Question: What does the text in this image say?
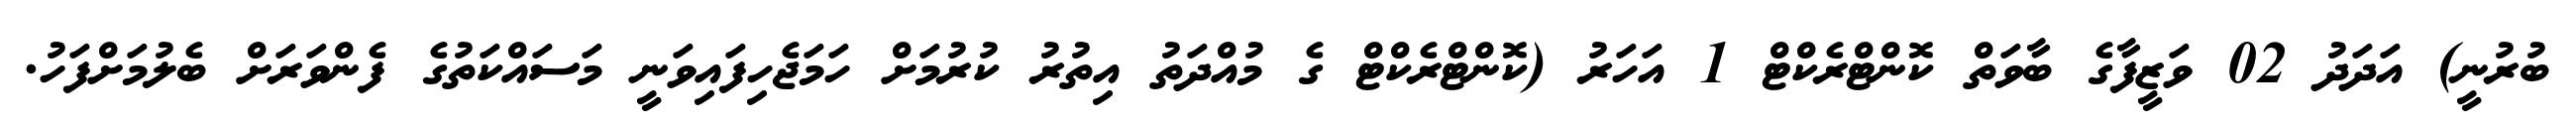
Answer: ބުރުނީ) އަދަދު 02 ވަޒީފާގެ ބާވަތް ކޮންޓްރެކްޓް 1 އަހަރު (ކޮންޓްރެކްޓް ގެ މުއްދަތު އިތުރު ކުރުމަށް ހަމަޖެހިފައިވަނީ މަސައްކަތުގެ ފެންވަރަށް ބެލުމަށްފަހު.